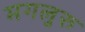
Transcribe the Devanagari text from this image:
मगलुरु